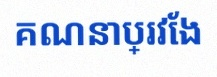
គណនាប្រវែង